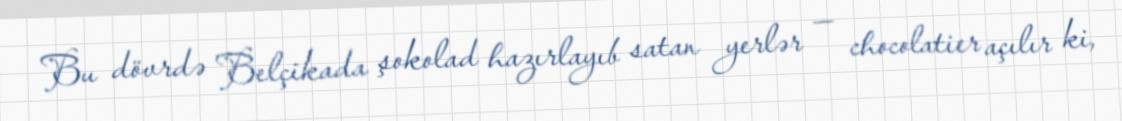
Bu dövrdə Belçikada şokolad hazırlayıb satan yerlər — chocolatier açılır ki,